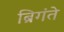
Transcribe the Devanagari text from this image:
ब्रिगंते